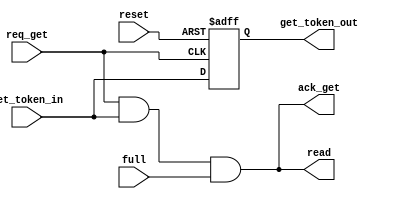
////////////////////////////////////////////////////////////////////////////////////
// Copyright (c) 2016, University of British Columbia (UBC)  All rights reserved. //
//                                                                                //
// Redistribution  and  use  in  source   and  binary  forms,   with  or  without //
// modification,  are permitted  provided that  the following conditions are met: //
//   * Redistributions   of  source   code  must  retain   the   above  copyright //
//     notice,  this   list   of   conditions   and   the  following  disclaimer. //
//   * Redistributions  in  binary  form  must  reproduce  the  above   copyright //
//     notice, this  list  of  conditions  and the  following  disclaimer in  the //
//     documentation and/or  other  materials  provided  with  the  distribution. //
//   * Neither the name of the University of British Columbia (UBC) nor the names //
//     of   its   contributors  may  be  used  to  endorse  or   promote products //
//     derived from  this  software without  specific  prior  written permission. //
//                                                                                //
// THIS  SOFTWARE IS  PROVIDED  BY THE COPYRIGHT HOLDERS AND CONTRIBUTORS "AS IS" //
// AND  ANY EXPRESS  OR IMPLIED WARRANTIES,  INCLUDING,  BUT NOT LIMITED TO,  THE //
// IMPLIED WARRANTIES OF MERCHANTABILITY AND FITNESS FOR A PARTICULAR PURPOSE ARE //
// DISCLAIMED.  IN NO  EVENT SHALL University of British Columbia (UBC) BE LIABLE //
// FOR ANY DIRECT,  INDIRECT,  INCIDENTAL,  SPECIAL,  EXEMPLARY, OR CONSEQUENTIAL //
// DAMAGES  (INCLUDING,  BUT NOT LIMITED TO,  PROCUREMENT OF  SUBSTITUTE GOODS OR //
// SERVICES;  LOSS OF USE,  DATA,  OR PROFITS;  OR BUSINESS INTERRUPTION) HOWEVER //
// CAUSED AND ON ANY THEORY OF LIABILITY,  WHETHER IN CONTRACT, STRICT LIABILITY, //
// OR TORT  (INCLUDING NEGLIGENCE OR OTHERWISE) ARISING IN ANY WAY OUT OF THE USE //
// OF  THIS SOFTWARE,  EVEN  IF  ADVISED  OF  THE  POSSIBILITY  OF  SUCH  DAMAGE. //
////////////////////////////////////////////////////////////////////////////////////

////////////////////////////////////////////////////////////////////////////////////
//          asps_get.v: asp* get interface and token propagation module           //
//  Cell-based Mixed FIFOs :: University of British Columbia  (UBC) :: July 2016  //
////////////////////////////////////////////////////////////////////////////////////

////////////////////////////////////////////////////////////////////////////////////
//                                                                                //
// reset >------------------------.                                               //
//                            ____|_____                                          //
//                           | RST/SET | (STAGE=0 ? SET : RST)                    //
// req_get >---------+-------|CLK __   |                                          //
//                   |       |     |  Q|-------> get_token_out                    //
// get_token_in >----|---+---|D    v__ |                                          //
//                   |   |   |_________|                                          //
//                   |   |    ____                                                //
//                   |   '---|    \            .-----> ack_get                    //
//                   |       |     \  and_tmp  |                                  //
//                   '-------| AND  )----------+                                  //
//                           |     /           |                                  //
// full  >-------------------|____/            '--------> read                    //
//                                                                                //
////////////////////////////////////////////////////////////////////////////////////

module asps_get
  #( parameter  STAGE = 0    )  // stage index
   ( input      reset        ,  // global reset
     input      req_get      ,  // request get
     output     ack_get      ,  // acknowledge get
     input      get_token_in ,  // get token ring in
     output reg get_token_out,  // get token ring out
     output     read         ,  // read indicator to current stage
     input      full         ); // current stage is full

  // local wires 
  wire and_tmp;
  
  // flop to hold token state
  always@(negedge req_get or posedge reset)
    if (reset)
      if (STAGE == 0) get_token_out <= 1'b1;
      else            get_token_out <= 1'b0;
    else
      get_token_out <= get_token_in;

  // assign outputs
  assign and_tmp = req_get & get_token_in & full;
  assign read    = and_tmp;
  assign ack_get = and_tmp;

endmodule // asps_get